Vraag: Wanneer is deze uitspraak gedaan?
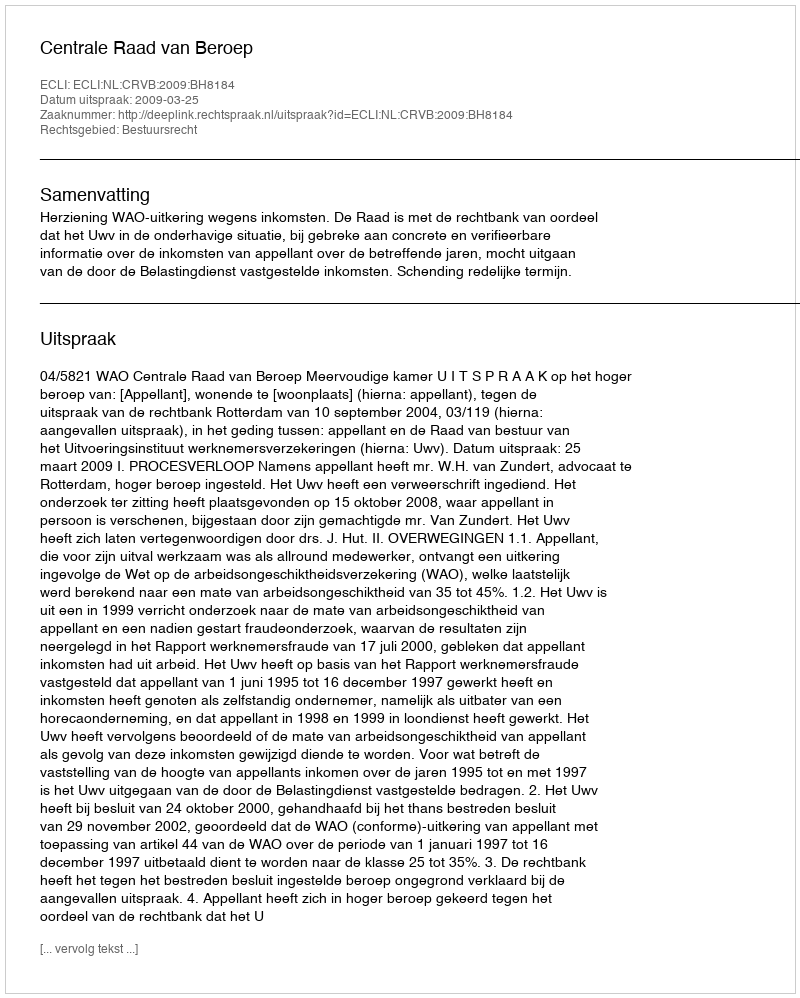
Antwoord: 2009-03-25